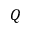
Q